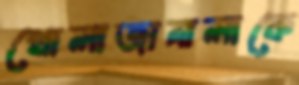
খোলাজানালাকে